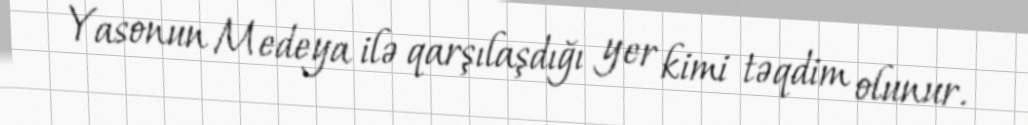
Yasonun Medeya ilə qarşılaşdığı yer kimi təqdim olunur.